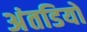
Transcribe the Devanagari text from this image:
अंतडियों